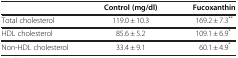
<table><thead><tr><td><b> </b></td><td><b>Control (mg/dl)</b></td><td><b>Fucoxanthin</b></td></tr></thead><tbody><tr><td>Total cholesterol</td><td>119.0 ± 10.3</td><td>169.2 ± 7.3<sup>**</sup></td></tr><tr><td>HDL cholesterol</td><td>85.6 ± 5.2</td><td>109.1 ± 6.9<sup>*</sup></td></tr><tr><td>Non-HDL cholesterol</td><td>33.4 ± 9.1</td><td>60.1 ± 4.9<sup>*</sup></td></tr></tbody></table>